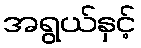
အရွယ်နှင့်